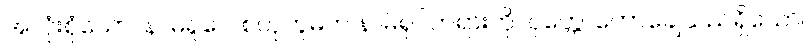
အလုံးစုံသော။ နာမရူပေ၊ စတုဘူမက နာမ်ရုပ်တရားကို။ ဝုတ္တေ၊ ဟောချေသည်ရှိသော်။